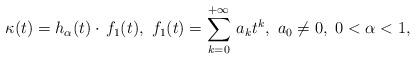
LaTeX: \begin{align*}\kappa(t) = h_{\alpha}(t) \cdot \, f_1(t),\ f_1(t)=\sum_{k=0}^{+\infty}\, a_k t^k, \ a_0 \not = 0,\ 0<\alpha <1,\end{align*}